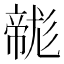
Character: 𢅛